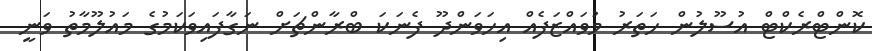
ކޮންޓްރެކްޓް އުސޫލުން ހަތަރު މުވައްޒަފެއް އިހަވަންދޫ ފެނަކަ ބްރާންޗަށް ނަގާފައިވަކަމުގެ މައުލޫމާތު ވަނީ